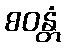
စဝန္တံ